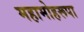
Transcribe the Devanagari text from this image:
महामोहरूपा